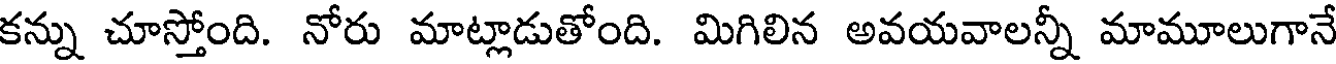
కన్ను చూస్తోంది. నోరు మాట్లాడుతోంది. మిగిలిన అవయవాలన్నీ మామూలుగానే